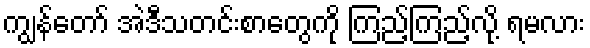
ကျွန်တော် အဲဒီသတင်းစာတွေကို ကြည့်ကြည့်လို့ ရမလား